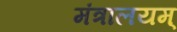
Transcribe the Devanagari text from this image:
मंत्रालयम्